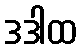
ဒဒါထ